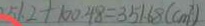
5 1 . 2 + 1 0 0 . 4 8 = 3 5 1 . 6 8 ( c m ^ { 2 } )